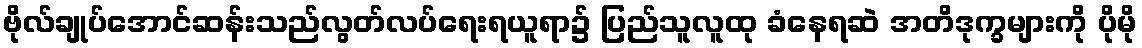
ဗိုလ်ချုပ်အောင်ဆန်းသည်လွတ်လပ်ရေးရယူရာ၌ ပြည်သူလူထု ခံနေရဆဲ အတိဒုက္ခများကို ပိုမို